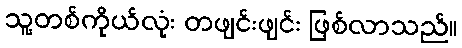
သူ့တစ်ကိုယ်လုံး တဖျင်းဖျင်း ဖြစ်လာသည်။